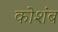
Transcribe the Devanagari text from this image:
कोशंब